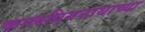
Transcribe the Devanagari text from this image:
कालप्रियनाथाच्या